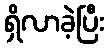
ရှိလာခဲ့ပြီး